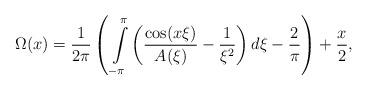
LaTeX: \begin{align*}\Omega(x)=\dfrac{1}{2\pi}\left(\,\int\limits_{-\pi}^\pi\left(\dfrac{\cos(x\xi)}{A(\xi)}-\dfrac{1}{\xi^2}\right)d\xi -\dfrac{2}{\pi} \right) + \dfrac{x}{2},\end{align*}